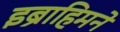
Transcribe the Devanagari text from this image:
इब्राहिमने